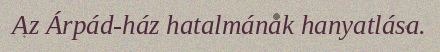
Az Árpád-ház hatalmának hanyatlása.